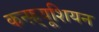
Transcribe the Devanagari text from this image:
कन्फ़्यूशियन